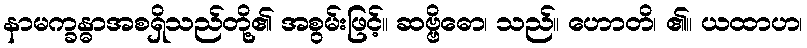
နာမက္ခန္ဓာအစရှိသည်တို့၏ အစွမ်းဖြင့်။ ဆဗ္ဗိဓော၊ သည်။ ဟောတိ၊ ၏။ ယထာဟ၊